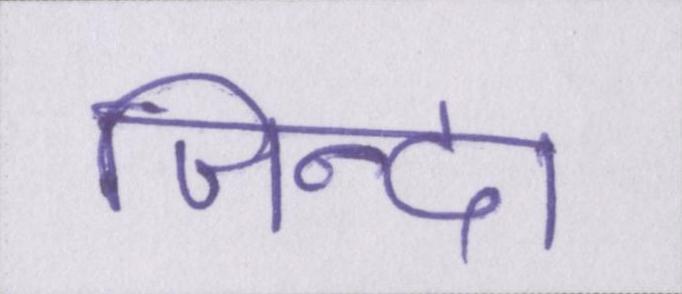
जिन्दा